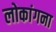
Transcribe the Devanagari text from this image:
लोकांगना